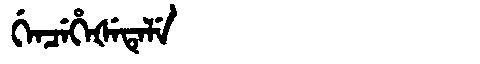
Manchu: ᡤᡝᠨᠴᡝᡥᡝᡧᡝᡨᡝᠯᡝ
Romanization: GENCEHEŠETELE